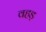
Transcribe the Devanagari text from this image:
वहड़